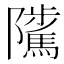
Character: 𨽥